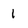
Character: 1